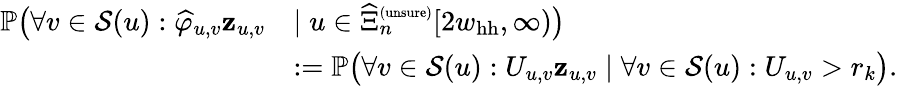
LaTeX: \begin{array}{rl}{\mathbb{P}\big(\forall v\in{\mathcal S}(u):\widehat\varphi_{u,v}\le z_{u,v}}&{\mid u\in\widehat\Xi_{n}^{\scriptscriptstyle(\mathrm{unsure})}[2w_{\mathrm{hh}},\infty)\big)}\\ &{:=\mathbb{P}\big(\forall v\in{\mathcal S}(u):U_{u,v}\le z_{u,v}\mid\forall v\in{\mathcal S}(u):U_{u,v}>r_{k}\big).}\end{array}